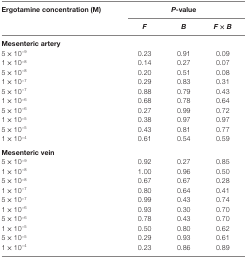
<table><thead><tr><td rowspan="2"><b>Ergotamine concentration (M)</b></td><td colspan="3"><b><i>P</i>-value</b></td></tr><tr><td><b><i>F</i></b></td><td><b><i>B</i></b></td><td><b><i>F</i> × <i>B</i></b></td></tr></thead><tbody><tr><td colspan="4"><b>Mesenteric artery</b></td></tr><tr><td>5 × 10<sup>−9</sup></td><td>0.23</td><td>0.91</td><td>0.09</td></tr><tr><td>1 × 10<sup>−8</sup></td><td>0.14</td><td>0.27</td><td>0.07</td></tr><tr><td>5 × 10<sup>−8</sup></td><td>0.20</td><td>0.51</td><td>0.08</td></tr><tr><td>1 × 10<sup>−7</sup></td><td>0.29</td><td>0.83</td><td>0.31</td></tr><tr><td>5 × 10<sup>−7</sup></td><td>0.88</td><td>0.79</td><td>0.43</td></tr><tr><td>1 × 10<sup>−6</sup></td><td>0.68</td><td>0.78</td><td>0.64</td></tr><tr><td>5 × 10<sup>−6</sup></td><td>0.27</td><td>0.99</td><td>0.72</td></tr><tr><td>1 × 10<sup>−5</sup></td><td>0.38</td><td>0.97</td><td>0.97</td></tr><tr><td>5 × 10<sup>−5</sup></td><td>0.43</td><td>0.81</td><td>0.77</td></tr><tr><td>1 × 10<sup>−4</sup></td><td>0.61</td><td>0.54</td><td>0.59</td></tr><tr><td colspan="4"><b>Mesenteric vein</b></td></tr><tr><td>5 × 10<sup>−9</sup></td><td>0.92</td><td>0.27</td><td>0.85</td></tr><tr><td>1 × 10<sup>−8</sup></td><td>1.00</td><td>0.96</td><td>0.50</td></tr><tr><td>5 × 10<sup>−8</sup></td><td>0.67</td><td>0.67</td><td>0.28</td></tr><tr><td>1 × 10<sup>−7</sup></td><td>0.80</td><td>0.64</td><td>0.41</td></tr><tr><td>5 × 10<sup>−7</sup></td><td>0.99</td><td>0.43</td><td>0.74</td></tr><tr><td>1 × 10<sup>−6</sup></td><td>0.93</td><td>0.30</td><td>0.70</td></tr><tr><td>5 × 10<sup>−6</sup></td><td>0.78</td><td>0.43</td><td>0.70</td></tr><tr><td>1 × 10<sup>−5</sup></td><td>0.50</td><td>0.80</td><td>0.62</td></tr><tr><td>5 × 10<sup>−5</sup></td><td>0.29</td><td>0.93</td><td>0.61</td></tr><tr><td>1 × 10<sup>−4</sup></td><td>0.23</td><td>0.86</td><td>0.89</td></tr></tbody></table>